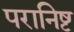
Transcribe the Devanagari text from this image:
परानिष्ट